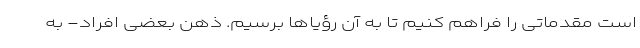
است مقدماتی را فراهم کنیم تا به آن رؤیاها برسیم. ذهن بعضی افراد- به